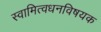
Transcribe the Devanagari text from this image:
स्वामित्वधनविषयक